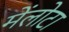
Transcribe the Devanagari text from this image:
मेंलोटा